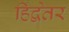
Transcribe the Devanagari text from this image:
हिद्वेतर